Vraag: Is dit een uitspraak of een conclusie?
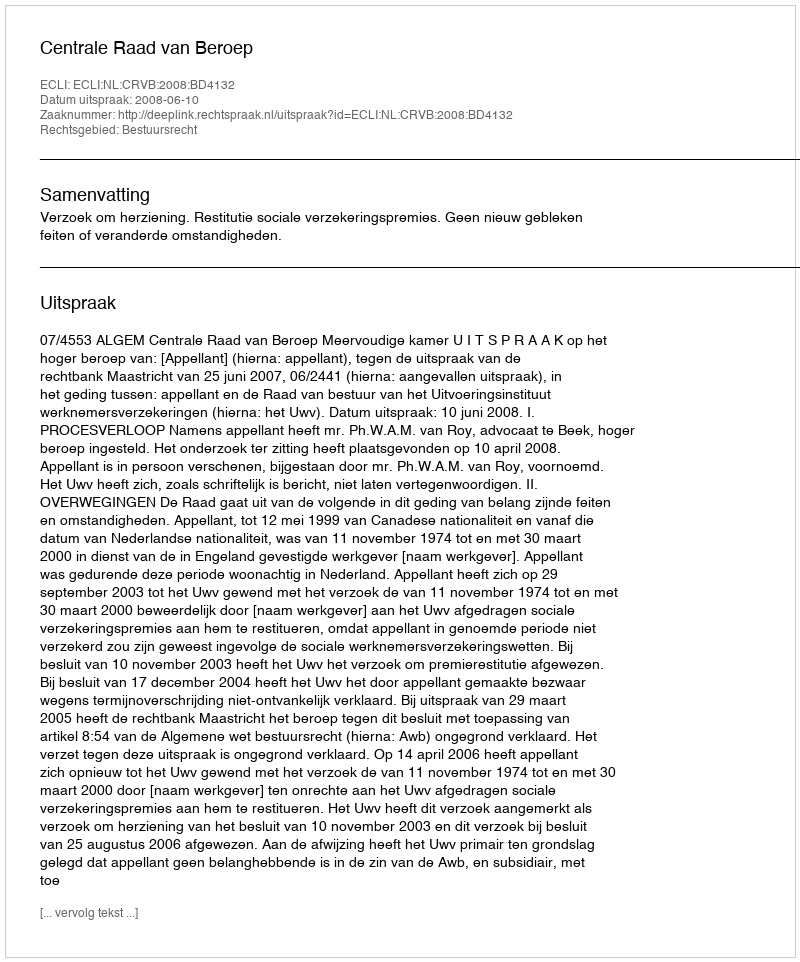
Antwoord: Uitspraak